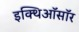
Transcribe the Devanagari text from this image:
इक्थिऑसॉर